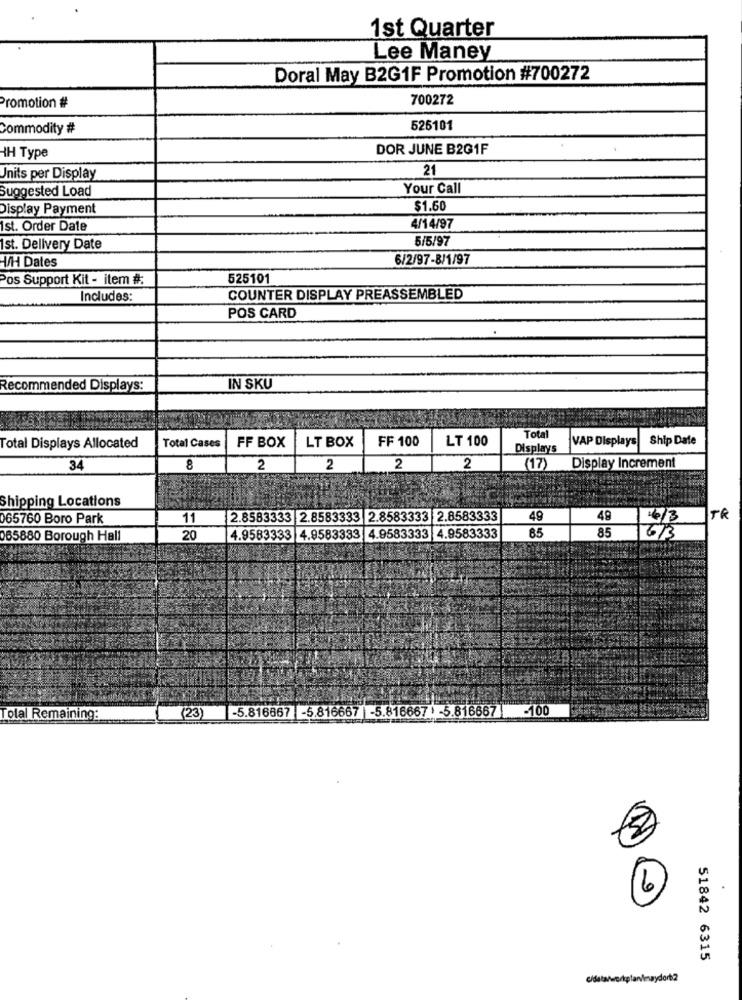
1st Quarter
Lee Maney
Doral May B2G1F Promotion #700272
Promotion #
700272
Commodity #
525101
DOR JUNE B2G1F
H Type
21
Jnits per Display
Suggested Load
Your Call
Display Payment
$1.60
Ist. Order Date
4/14/97
5/5/97
Ist. Delivery Date
V/H Dates
6/2/97-8/1/97
os Support Kit - item #:
525101
Includes:
COUNTER DISPLAY PREASSEMBLED
POS CARD
Recommended Displays:
IN SKU
FF 100
LT 100
Total
VAP Displays
Ship Date
Total Displays Allocated
Total Cases
FF BOX
LT BOX
Displays
34
8
2
2
2
2
(17
Display Increment
Shipping Locations
65760 Boro Park
11
2.8583333 2.8583333 2.8583333 2.8583333
49
49
4/3
TR
85
85
065880 Borough Hall
20
4.9583333 4.9583333 4.9583333 4.9583333
613
-5.816667 -5.816667 |-5.816667 ) -5.816667 -100
Total Remaining:
(23)
6
51842 6315
c/data/we/planinaydort2